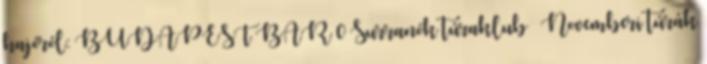
hajóról: BUDAPEST BÁR 0 Surranók túraklub – Novemberi túrák